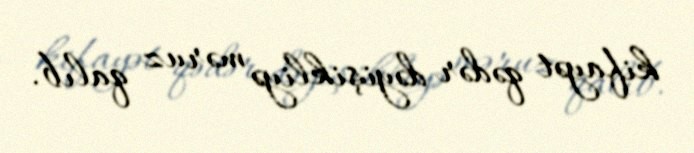
kifayət qədər dəyişikliyə məruz qalıb.